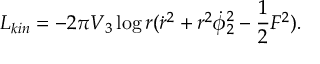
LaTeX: L _ { k i n } = - 2 \pi V _ { 3 } \log r ( { \dot { r } } ^ { 2 } + r ^ { 2 } \dot { \phi } _ { 2 } ^ { 2 } - { \frac { 1 } { 2 } } F ^ { 2 } ) .